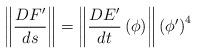
LaTeX: \begin{align*}\left\Vert \frac{DF^{\prime }}{ds}\right\Vert =\left\Vert \frac{DE^{\prime }}{dt}\left( \phi \right) \right\Vert \left( \phi ^{\prime }\right) ^{4} \end{align*}